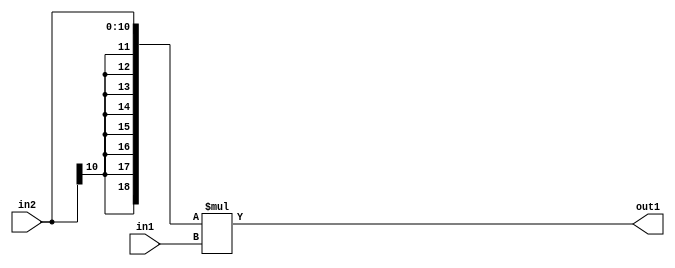
`timescale 1ps / 1ps
/*****************************************************************************
    Verilog RTL Description
    
    
    Created by: Stratus DpOpt 2019.1.01 
*******************************************************************************/

module SobelFilter_Mul_11Sx8U_19S_4 (
	in2,
	in1,
	out1
	); /* architecture "behavioural" */ 
input [10:0] in2;
input [7:0] in1;
output [18:0] out1;
wire [18:0] asc001;

assign asc001 = 
	+({{8{in2[10]}}, in2} * in1);

assign out1 = asc001;
endmodule

/* CADENCE  ubPzSgA= : u9/ySgnWtBlWxVPRXgAZ4Og= ** DO NOT EDIT THIS LINE ******/